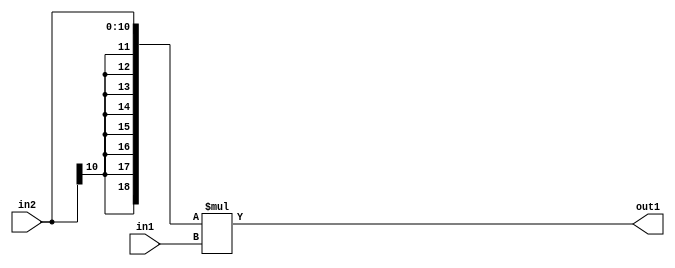
`timescale 1ps / 1ps
/*****************************************************************************
    Verilog RTL Description
    
    
    Created by: Stratus DpOpt 2019.1.01 
*******************************************************************************/

module SobelFilter_Mul_11Sx8U_19S_4 (
	in2,
	in1,
	out1
	); /* architecture "behavioural" */ 
input [10:0] in2;
input [7:0] in1;
output [18:0] out1;
wire [18:0] asc001;

assign asc001 = 
	+({{8{in2[10]}}, in2} * in1);

assign out1 = asc001;
endmodule

/* CADENCE  ubPzSgA= : u9/ySgnWtBlWxVPRXgAZ4Og= ** DO NOT EDIT THIS LINE ******/